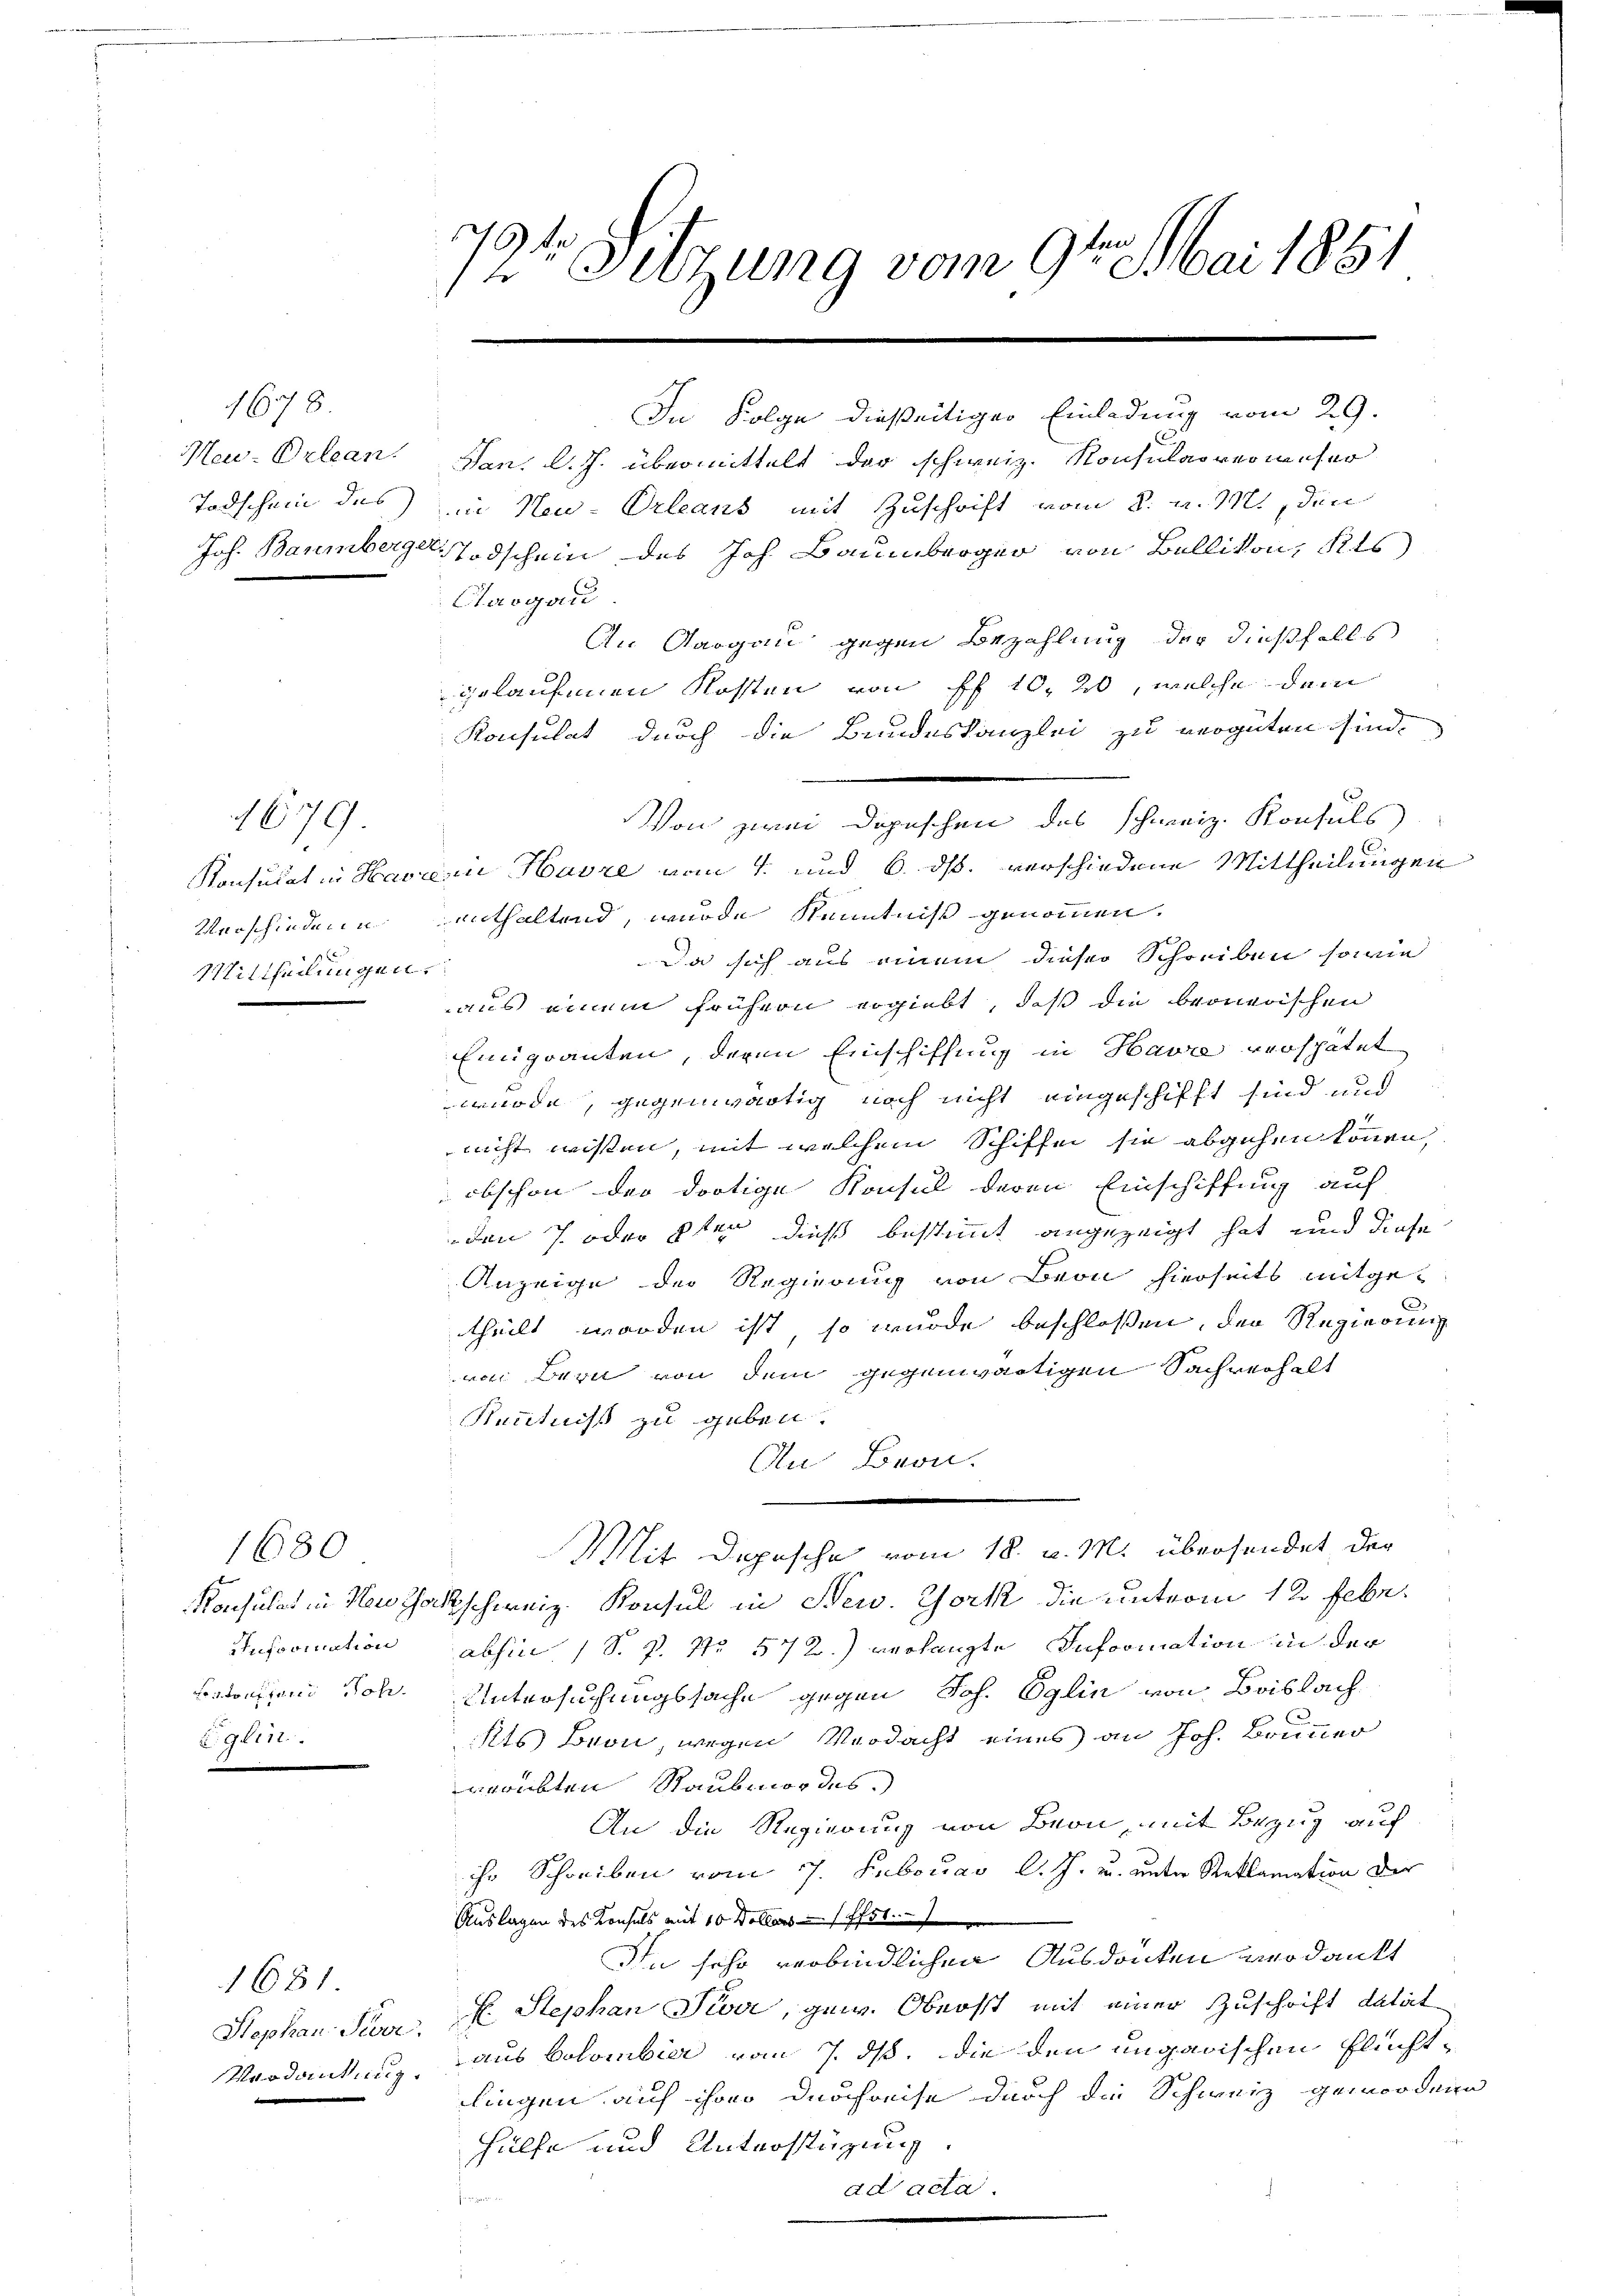
1678.
Meu-Orlean
Todschein des

1670.
Verschieden u.
Mittheilungen.

1680
Information
Vontonen Joh.
gin.

1681.

79te Sitzung vom 9te͇n Mai 1851

Stephan Seeve

In Folge dießeitiger Einladung vom 29.
Jan. d. J. übermittelt der schweiz. Konsularrerweser
n Neu-Orleans mit Zuschrift vom 8. d. M., den
Joh. Baumberger, Todschein des Joh. Baumberger von Ballikon, Kts
Chaogau
An Aargau gegen Bezahlung der dießfalls
gelaufenen Kosten von Pf 10. 20, welche dem
Konsulat durch die Bundeskanzlei zu vergüten sind.
Von zwei Depeschen des Schweiz. Konsuls
Konsulat in Havrei Havre vom 1. und 6. ds. verschiedene Mittheilungen
enthaltend, wurde Kenntniß genommen.
Da sich aus einem dieser Schreiben sowie
aus einem frühern ergiebt, daß die beonerischen
Emigranten, deren Einschiffung in Havre verspätet
wurde, gegenwärtig noch nicht eingeschifft sind und
nicht wissen, mit welchem Schiffen sie abgehen können,
obschon der dortige Konsul deren Einschiffung auf
den 7 oder 2ten dieß bestimmt angezeigt hat, und diese
Anzeige der Regierung von Beon hierseits mitgetheilt worden ist, so wurde beschlossen, der Regierung
vin Bern von dem gegenwärtigen Sachverhalt
Kenntniß zu geben.
An Bron.
Mit Depesche vom 18. v. M. übersendet der
Konsulat in Haushaltschweiz. Konsul in New York die unterm 12 Febr.
abhin 1 S. P. Nr. 572.) verhängte Information in der
Untersuchungssache gegen Joh. Oglin von Brislach
C
Als Bron, wegen Verdacht eines an Joh. Brunner
erübten Raubmordes.)
An die Regierung von Bern, mit Bezug auf
ihr Schreiben vom 7. Februar l. J. u. unter Reklamation der
Auslagen des Konsuls mit 10 Dollars (Pfst
In sehr verbindlichen Ausdrucken verdankt
f. Stephan Piva, gew. Oberst mit einer Zuschrift datat
Verdankung, aus Colombier vom 7. ds. die den ungarischen Fluchtlingen auf ihrer durchreise durch die Schweiz gewordene
Hülfe und Unterstüzung.
ad acta.
n